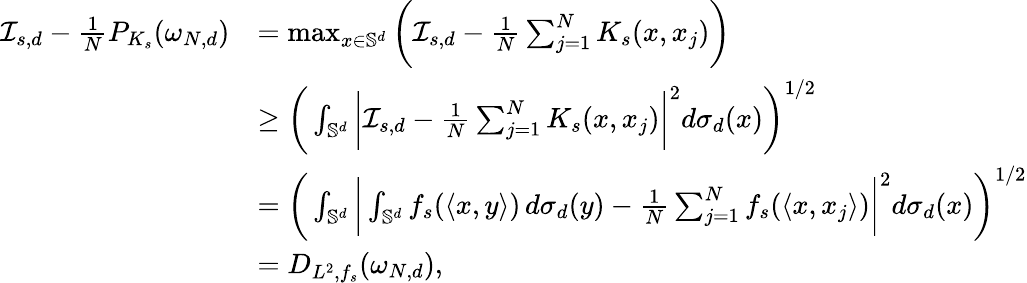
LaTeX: \begin{array}{rl}{\mathcal{I}_{s,d}-\frac{1}{N}P_{K_{s}}(\omega_{N,d})}&{=\operatorname*{max}_{x\in\mathbb S^{d}}\bigg(\mathcal{I}_{s,d}-\frac{1}{N}\sum_{j=1}^{N}K_{s}(x,x_{j})\bigg)}\\ &{\ge\bigg(\int_{\mathbb S^{d}}\bigg|\mathcal{I}_{s,d}-\frac{1}{N}\sum_{j=1}^{N}K_{s}(x,x_{j})\bigg|^{2}d\sigma_{d}(x)\bigg)^{1/2}}\\ &{=\bigg(\int_{\mathbb S^{d}}\bigg|\int_{\mathbb S^{d}}f_{s}(\langle x,y\rangle)\, d\sigma_{d}(y)-\frac{1}{N}\sum_{j=1}^{N}f_{s}(\langle x,x_{j}\rangle)\bigg|^{2}d\sigma_{d}(x)\bigg)^{1/2}}\\ &{=D_{L^{2},f_{s}}(\omega_{N,d}),}\end{array}